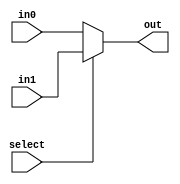
module mux_2 #(parameter WIDTH = 32) (out, select, in0, in1);
    input select;
    input [WIDTH-1:0] in0, in1;
    output [WIDTH-1:0] out;
    assign out = select ? in1 : in0;
endmodule